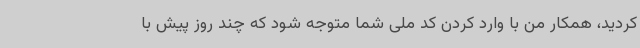
کردید، همکار من با وارد کردن کد ملی شما متوجه شود که چند روز پیش با